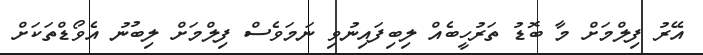
އޭރު ފިލްމަށް މާ ބޮޑު ތަރުހީބެއް ލިބިފައިނުވި ނަމަވެސް ފިލްމަށް ލިބުނު އެވޯޑްތަކަށް